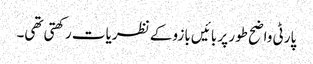
پارٹی واضح طور پر بائیں بازو کے نظریات رکھتی تھی۔